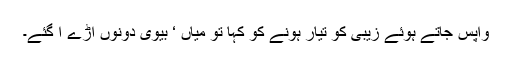
واپس جاتے ہوئے زیبی کو تیار ہونے کو کہا تو میاں ‘ بیوی دونوں آڑے آ گئے۔